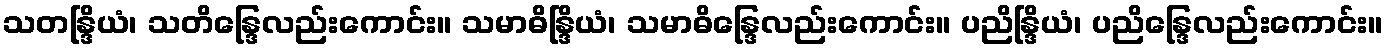
သတန္ဒြိယံ၊ သတိန္ဒြေလည်းကောင်း။ သမာဓိန္ဒြိယံ၊ သမာဓိန္ဒြေလည်းကောင်း။ ပညိန္ဒြိယံ၊ ပညိန္ဒြေလည်းကောင်း။